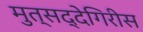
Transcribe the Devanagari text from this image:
मुत्सद्देगिरीस